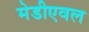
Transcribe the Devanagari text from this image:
मेडीएवल